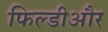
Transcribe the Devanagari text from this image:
फिल्डीऔर